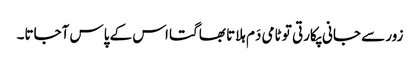
زور سے جانی پکارتی تو ٹامی دَم ہلاتا بھاگتا اس کے پاس آجاتا۔